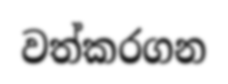
වත්කරගන